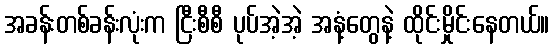
အခန်းတစ်ခန်းလုံးက ငြီးစီစီ ပုပ်အဲ့အဲ့ အနံ့တွေနဲ့ ထိုင်းမှိုင်းနေတယ်။